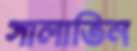
সালাতিন